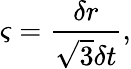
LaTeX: \varsigma=\frac{\delta r}{\sqrt{3}\delta t},